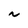
Character: N